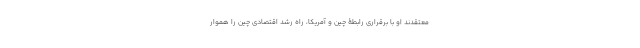
معتقدند او با برقراری رابطۀ چین و آمریکا، راه رشد اقتصادی چین را هموار